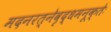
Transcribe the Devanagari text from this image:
मदनरत्नेवृद्धमनूक्तेः